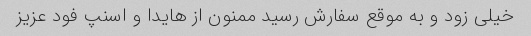
خیلی زود و به موقع سفارش رسید ممنون از هایدا و اسنپ فود عزیز